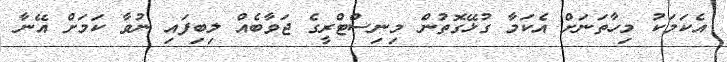
އެކަމަކު މިހާތަނަށް އެކަމާ ގުޅޭގޮތުން މިނިސްޓްރީގެ ޖަވާބެއް ލިބިފައި ނުވާ ކަމަށް އޭނާ